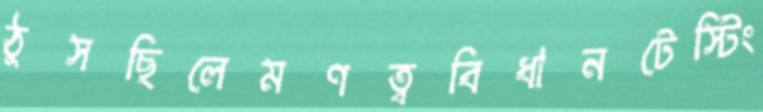
ঠুসছিলেমণত্ববিধানটেস্টিং